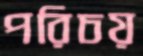
পরিচয়